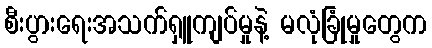
စီးပွားရေးအသက်ရှူကျပ်မှုနဲ့ မလုံခြုံမှုတွေက